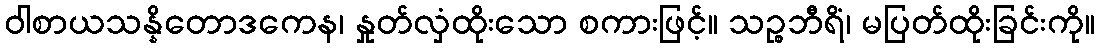
ဝါစာယသန္နိတောဒကေန၊ နှုတ်လှံထိုးသော စကားဖြင့်။ သဉ္စဘီရိံ၊ မပြတ်ထိုးခြင်းကို။